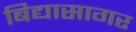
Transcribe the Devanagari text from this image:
बिद्यासागर